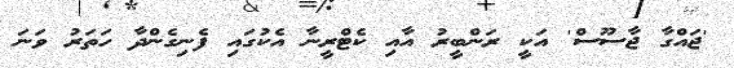
'ޖައްގާ ޖާސޫސް' އަކީ ރަންބީރު އާއި ކެޓްރީނާ އެކުގައި ފެނިގެންދާ ހަތަރު ވަނަ